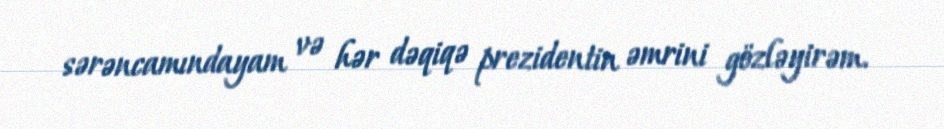
sərəncamındayam və hər dəqiqə prezidentin əmrini gözləyirəm.